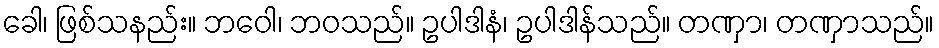
ခေါ၊ ဖြစ်သနည်း။ ဘဝေါ၊ ဘဝသည်။ ဥပါဒါနံ၊ ဥပါဒါန်သည်။ တဏှာ၊ တဏှာသည်။